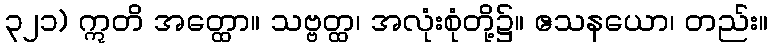
၃၂၁) ဣတိ အတ္ထော။ သဗ္ဗတ္ထ၊ အလုံးစုံတို့၌။ ဧသနယော၊ တည်း။